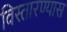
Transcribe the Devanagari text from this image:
विस्तारण्यास